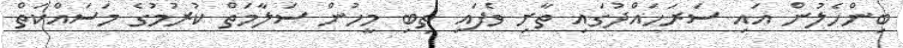
ބިންހެލުން އައި ސަރަހައްދުގައި ތާށި ވެފައި ތިބި މީހުން ސަލާމަތް ކުރުމުގެ މަސައްކަތް